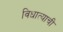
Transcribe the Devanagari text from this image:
विधात्याची